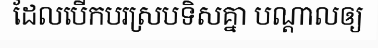
ដែលបើកបរស្របទិសគ្នា បណ្តាលឲ្យ